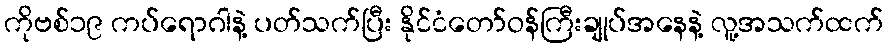
ကိုဗစ်၁၉ ကပ်ရောဂါနဲ့ ပတ်သက်ပြီး နိုင်ငံတော်ဝန်ကြီးချုပ်အနေနဲ့ လူ့အသက်ထက်